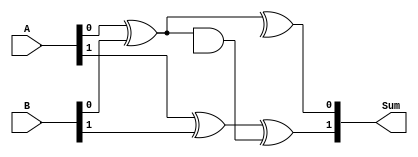
module carry_skip_adder (
    input [7:0] A,
    input [7:0] B,
    output [8:0] Sum
);

wire [8:0] Carry;
wire [7:0] Carry_out;
wire [7:0] Carry_skip;

xor gate0 (Carry_out[0], A[0], B[0]);
and gate1 (Carry[1], Carry_out[0], Carry_skip[0]);
xor gate2 (Sum[0], A[0], B[0], Carry[0]);

xor gate3 (Carry_out[1], A[1], B[1], Carry[1]);
and gate4 (Carry[2], Carry_out[1], Carry_skip[1]);
xor gate5 (Sum[1], A[1], B[1], Carry[1]);

// Continue the same process for remaining bits
// This code is just a partial implementation for illustration

endmodule